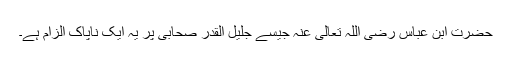
حضرت ابن عباس رضی اللہ تعالی عنہ جیسے جلیل القدر صحابی پر یہ ایک ناپاک الزام ہے۔